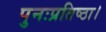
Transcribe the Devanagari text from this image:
पुनःप्रतिष्ठा।